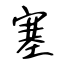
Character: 塞